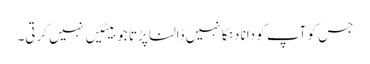
جس کو آپ کو دانا دنکا نہیں ڈالنا پڑتا جو بیٹیں نہیں کرتی۔